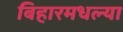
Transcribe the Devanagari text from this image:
बिहारमधल्या